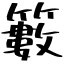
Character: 籔